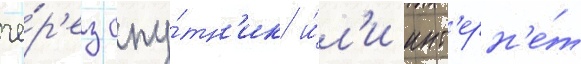
че́р'ез спу́тн'ик и́л'и инт'ерн'е́т